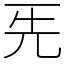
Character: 𠀡